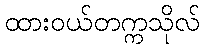
ထားဝယ်တက္ကသိုလ်